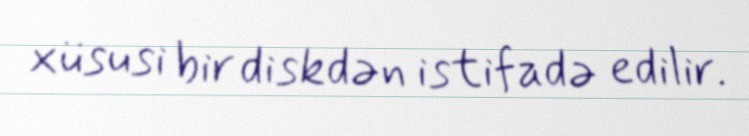
xüsusi bir diskdən istifadə edilir.